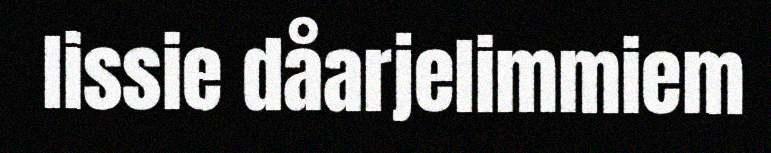
lissie dåarjelimmiem